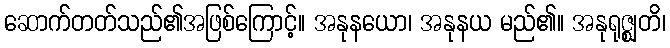
ဆောက်တတ်သည်၏အဖြစ်ကြောင့်။ အနုနယော၊ အနုနယ မည်၏။ အနုရုဇ္ဈတိ၊